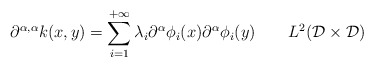
\begin{align*}\partial^{\alpha,\alpha}k(x,y) = \sum_{i=1}^{+\infty}\lambda_i\partial^{\alpha}\phi_i(x)\partial^{\alpha}\phi_i(y) \ \ \ \ \ \ L^2(\mathcal{D}\times\mathcal{D})\end{align*}